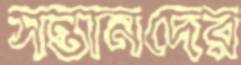
সন্তানদের